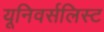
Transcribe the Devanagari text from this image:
यूनिवर्सलिस्ट